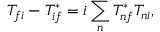
T _ { f i } - T _ { i f } ^ { * } = i \sum _ { n } T _ { n f } ^ { * } T _ { n i } ,